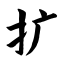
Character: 扩